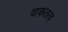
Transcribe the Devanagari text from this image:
वाकतत्व